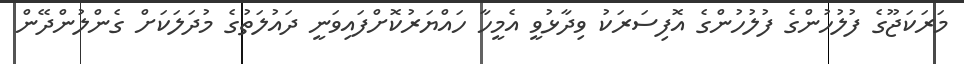
މަރަކަޖޫގެ ފުލުހުންގެ ފުލުހުންގެ އޮފިސަރަކު ވިދާޅުވީ އެމީހާ ހައްޔަރުކޮށްފައިވަނީ ދައުލަތުގެ މުދަލަކަށް ގެންލުންދޭން